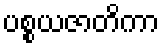
ပစ္စယဇာတိကာ